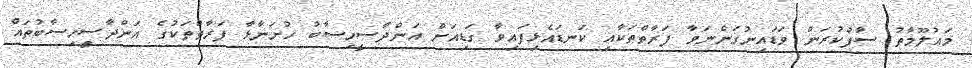
މަޢުލޫމާތު ސާފުކުރަން ވަޑައިނުގަންނަވާ ފަރާތްތަކާއި ކަނޑައެޅިފައިވާ ގަޑިއަށް އަންދާސީހިސާބު ހުށަނާޅާ ފަރާތްތަކުގެ އަންދާސީހިސާބުތައް